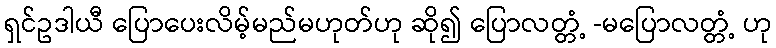
ရှင်ဥဒါယီ ပြောပေးလိမ့်မည်မဟုတ်ဟု ဆို၍ ပြောလတ္တံ့ -မပြောလတ္တံ့ ဟု